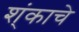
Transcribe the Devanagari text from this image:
श्ंकाचे